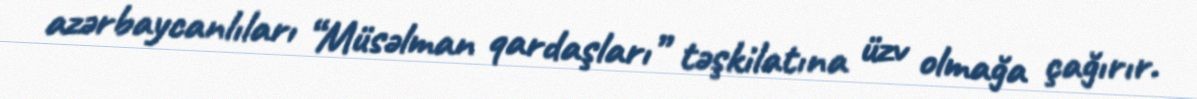
azərbaycanlıları “Müsəlman qardaşları” təşkilatına üzv olmağa çağırır.